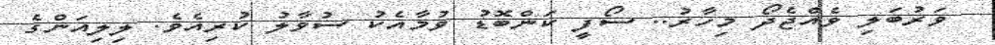
ވަރުބަލި ވެއްޖެދޯ މިހާރު.. ސޯފީ ކަންބޮޑު ވުމާއެކު ސުވާލު ކުރިއެވެ. ލިލިއަންގެ